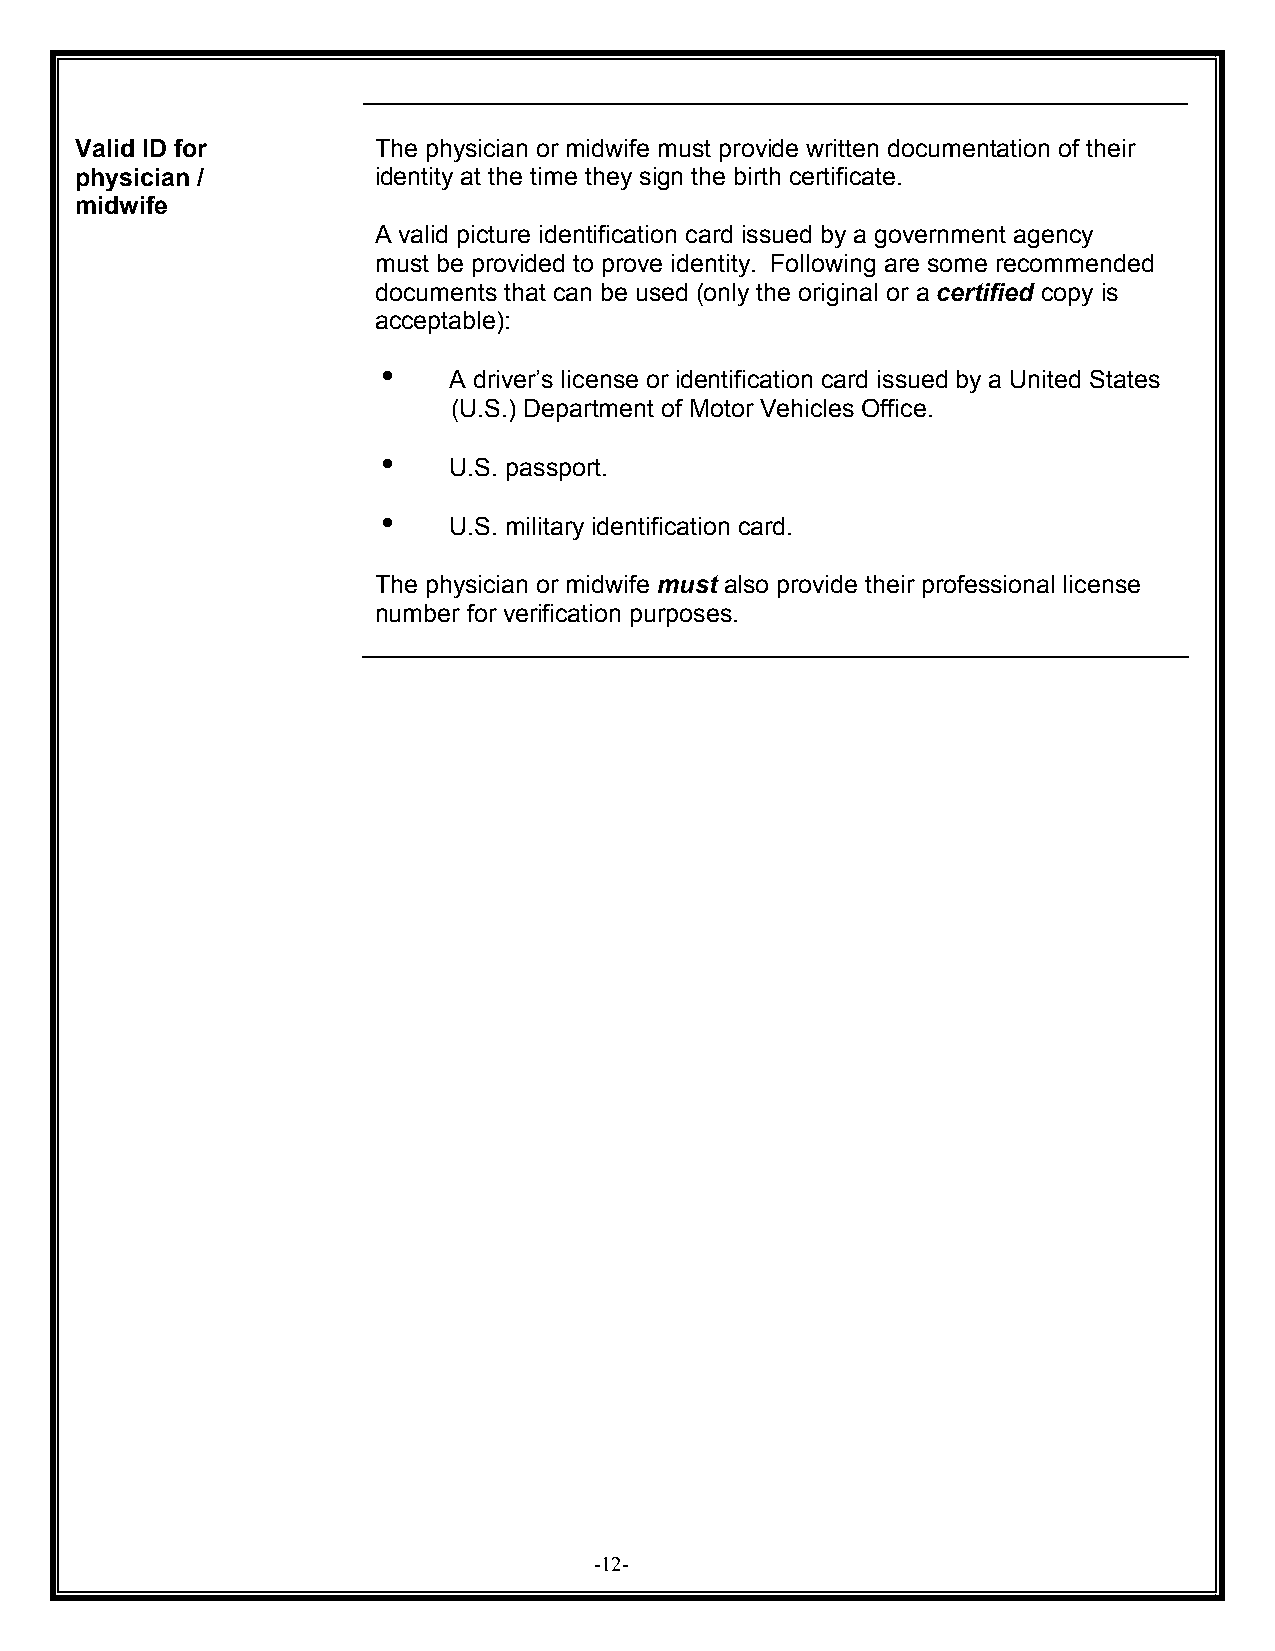
Valid ID for        The physician or midwife must provide written documentation of their
 physician /         identity at the time they sign the birth certificate.
 midwife
 A valid picture identification card issued by a government agency
 must be provided to prove identity. Following are some recommended
 documents that can be used (only the original or a certified copy is
 acceptable):
 !    A driver’s license or identification card issued by a United States
 (U.S.) Department of Motor Vehicles Office.
 !    U.S. passport.
 !    U.S. military identification card.
 The physician or midwife must also provide their professional license
 number for verification purposes.
 -12-